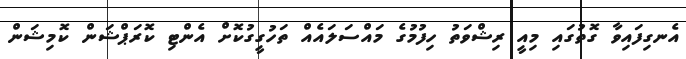
އެނގިފައިވާ ގޮތުގައި މިއީ ރިޝްވަތު ހިފުމުގެ މައްސަލައެއް ތަހުގީގުކޮށް އެންޓި ކޮރަޕްޝަން ކޮމިޝަން